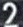
2